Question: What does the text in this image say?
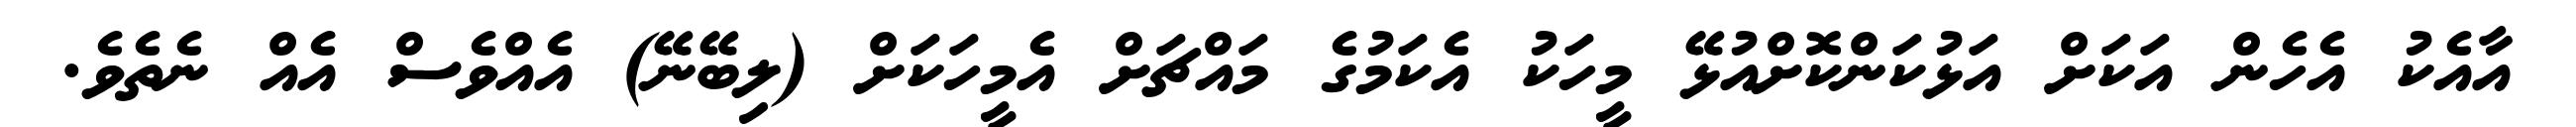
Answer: އާއެކު އެހެން އަކަށް އަޅުކަންކޮށްއުޅޭ މީހަކު އެކަމުގެ މައްޗަށް އެމީހަކަށް (ލިބޭނޭ) އެއްވެސް އެއް ނެތެވެ.